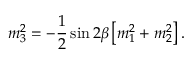
m _ { 3 } ^ { 2 } = - \frac { 1 } { 2 } \sin 2 \beta \left[ m _ { 1 } ^ { 2 } + m _ { 2 } ^ { 2 } \right] .